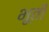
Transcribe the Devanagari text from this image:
भूती